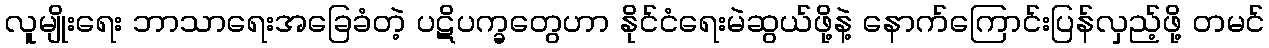
လူမျိုးရေး ဘာသာရေးအခြေခံတဲ့ ပဋိပက္ခတွေဟာ နိုင်ငံရေးမဲဆွယ်ဖို့နဲ့ နောက်ကြောင်းပြန်လှည့်ဖို့ တမင်